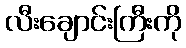
လီးချောင်းကြီးကို